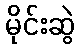
မိုင်းဆွဲ